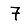
Digit: 7